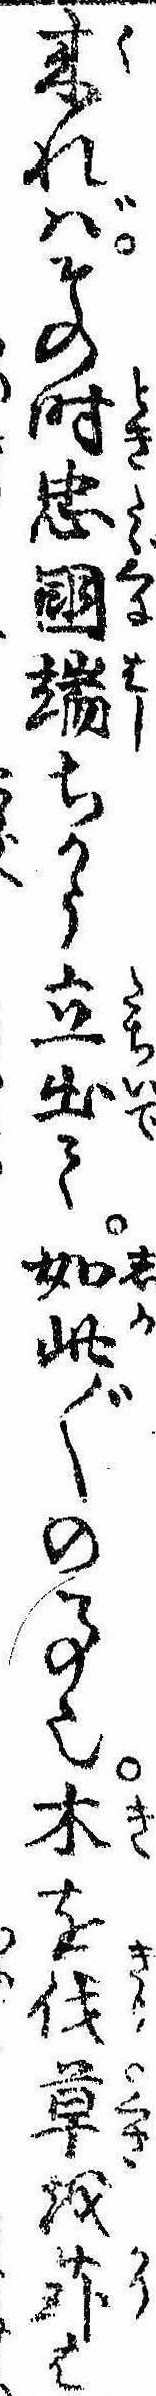
来ればその時忠国端ちかう立出て如此〲の事也木を伐草を苅は